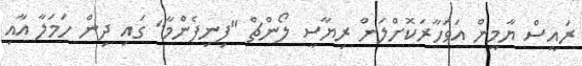
ރައީސް ޔާމީން އަވަހާރަކޮށްލަން ރިޔާސީ ލޯންޗް "ފިނިފެންމާ" ގައި ދިން ހަމަލާ އާއި